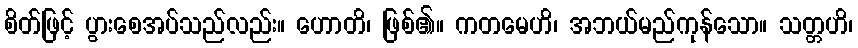
စိတ်ဖြင့် ပွားစေအပ်သည်လည်း။ ဟောတိ၊ ဖြစ်၏။ ကတမေဟိ၊ အဘယ်မည်ကုန်သော။ သတ္တဟိ၊